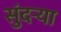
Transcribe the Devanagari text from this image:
सुंदर्‍या